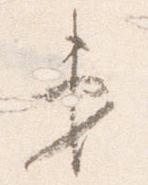
第